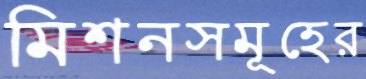
মিশনসমূহের